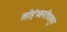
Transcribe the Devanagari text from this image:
सोहंध्वनीपासून